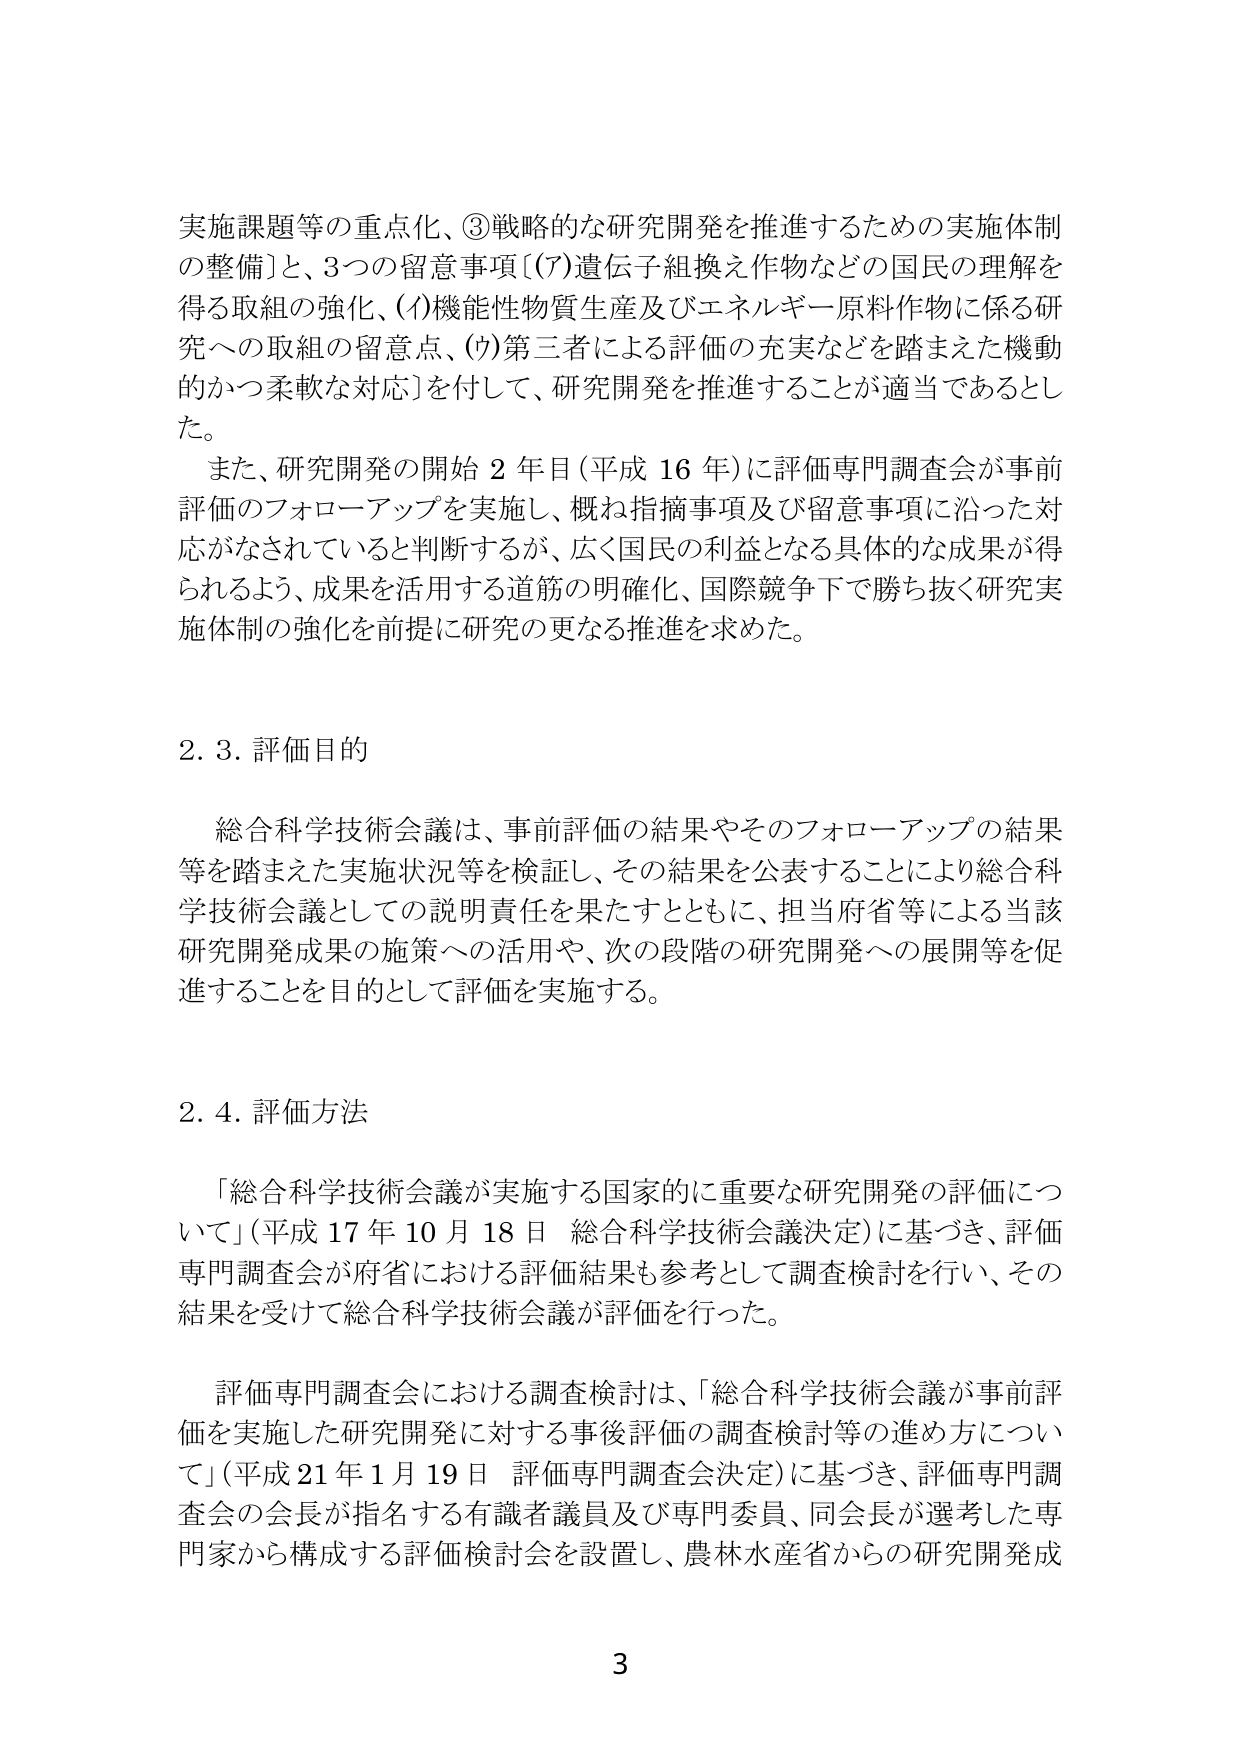
実施課題等の重点化、③戦略的な研究開発を推進するための実施体制の整備］と、3つの留意事項［(ｱ)遺伝子組換え作物などの国民の理解を得る取組の強化、(ｲ)機能性物質生産及びエネルギー原料作物に係る研究への取組の留意点、(ｳ)第三者による評価の充実などを踏まえた機動的かつ柔軟な対応］を付して、研究開発を推進することが適当であるとした。

また、研究開発の開始２年目（平成16年）に評価専門調査会が事前評価のフォローアップを実施し、概ね指摘事項及び留意事項に沿った対応がなされていると判断するが、広く国民の利益となる具体的な成果が得られるよう、成果を活用する道筋の明確化、国際競争下で勝ち抜く研究実施体制の強化を前提に研究の更なる推進を求めた。

2.3. 評価目的

総合科学技術会議は、事前評価の結果やそのフォローアップの結果等を踏まえた実施状況等を検証し、その結果を公表することにより総合科学技術会議としての説明責任を果たすとともに、担当府省等による当該研究開発成果の施策への活用や、次の段階の研究開発への展開等を促進することを目的として評価を実施する。

2.4. 評価方法

「総合科学技術会議が実施する国家的に重要な研究開発の評価について」（平成17年10月18日 総合科学技術会議決定）に基づき、評価専門調査会が府省における評価結果も参考として調査検討を行い、その結果を受けて総合科学技術会議が評価を行った。

評価専門調査会における調査検討は、「総合科学技術会議が事前評価を実施した研究開発に対する事後評価の調査検討等の進め方について」（平成21年1月19日 評価専門調査会決定）に基づき、評価専門調査会の会長が指名する有識者議員及び専門委員、同会長が選考した専門家から構成する評価検討会を設置し、農林水産省からの研究開発成

3